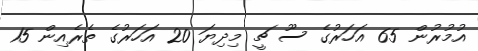
އުމުރުން 65 އަހަރުގެ ސޫ ޗީ މިދިޔަ 20 އަހަރުގެ ތެރެއިން 15